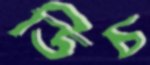
ডিচ